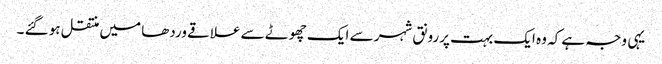
یہی وجہ ہے کہ وہ ایک بہت پررونق شہر سے ایک چھوٹے سے علاقے وردھا میں منتقل ہو گئے ۔